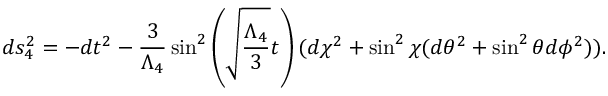
d s _ { 4 } ^ { 2 } = - d t ^ { 2 } - \frac { 3 } { \Lambda _ { 4 } } \sin ^ { 2 } \left( \sqrt { \frac { \Lambda _ { 4 } } { 3 } } t \right) ( d \chi ^ { 2 } + \sin ^ { 2 } \chi ( d \theta ^ { 2 } + \sin ^ { 2 } \theta d \phi ^ { 2 } ) ) .